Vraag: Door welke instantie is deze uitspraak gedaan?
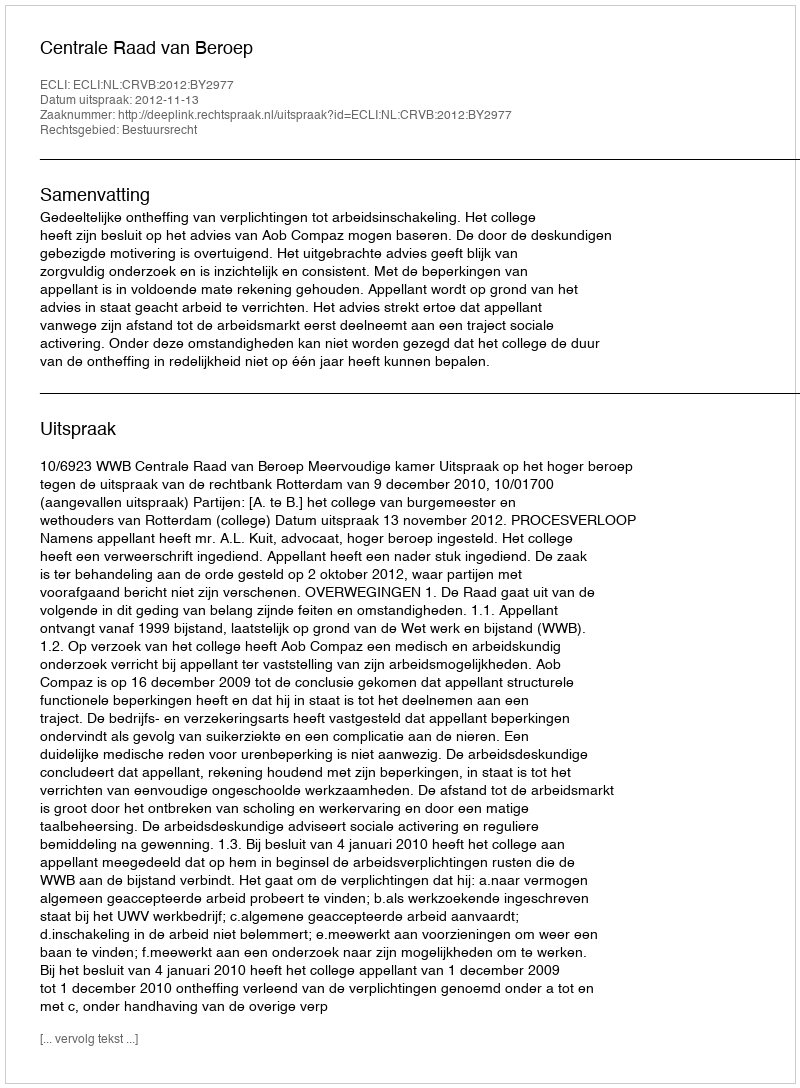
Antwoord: Centrale Raad van Beroep